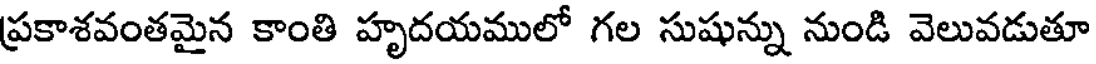
ప్రకాశవంతమైన కాంతి హృదయములో గల సుషున్ను నుండి వెలువడుతూ